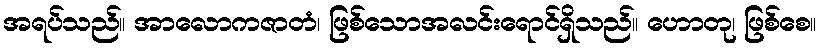
အရပ်သည်။ အာလောကဇာတံ၊ ဖြစ်သောအလင်းရောင်ရှိသည်။ ဟောတု၊ ဖြစ်စေ။